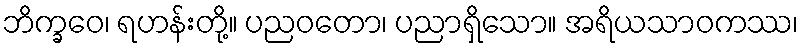
ဘိက္ခဝေ၊ ရဟန်းတို့။ ပညဝတော၊ ပညာရှိသော။ အရိယသာဝကဿ၊